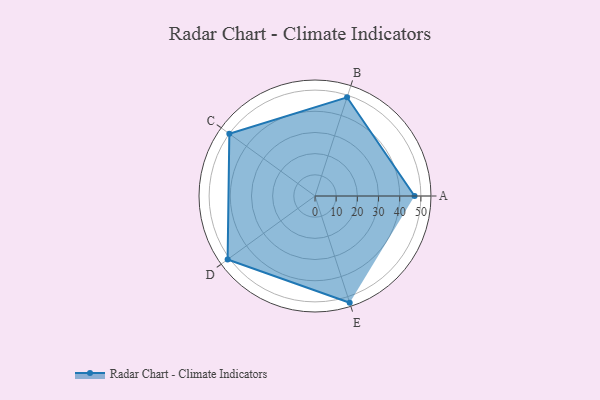
{"axis": {"x": "Skill", "y": "Score"}, "legend": ["Profile"], "data": [{"x": "A", "y": 47.0, "type": "Profile"}, {"x": "B", "y": 49.0, "type": "Profile"}, {"x": "C", "y": 50.0, "type": "Profile"}, {"x": "D", "y": 51.0, "type": "Profile"}, {"x": "E", "y": 53.0, "type": "Profile"}]}